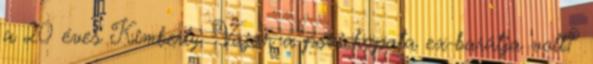
a 20 éves Kimberly. Vajon a pszichopata ex-barátja volt?